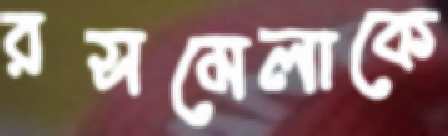
রসমেলাকে